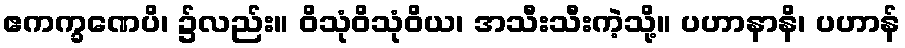
ဧကက္ခဏေပိ၊ ၌လည်း။ ဝိသုံဝိသုံဝိယ၊ အသီးသီးကဲ့သို့။ ပဟာနာနိ၊ ပဟာန်